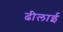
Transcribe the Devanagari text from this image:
ढीलाई